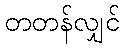
တတန်လျှင်